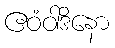
ဧဝံဝါဒိနော